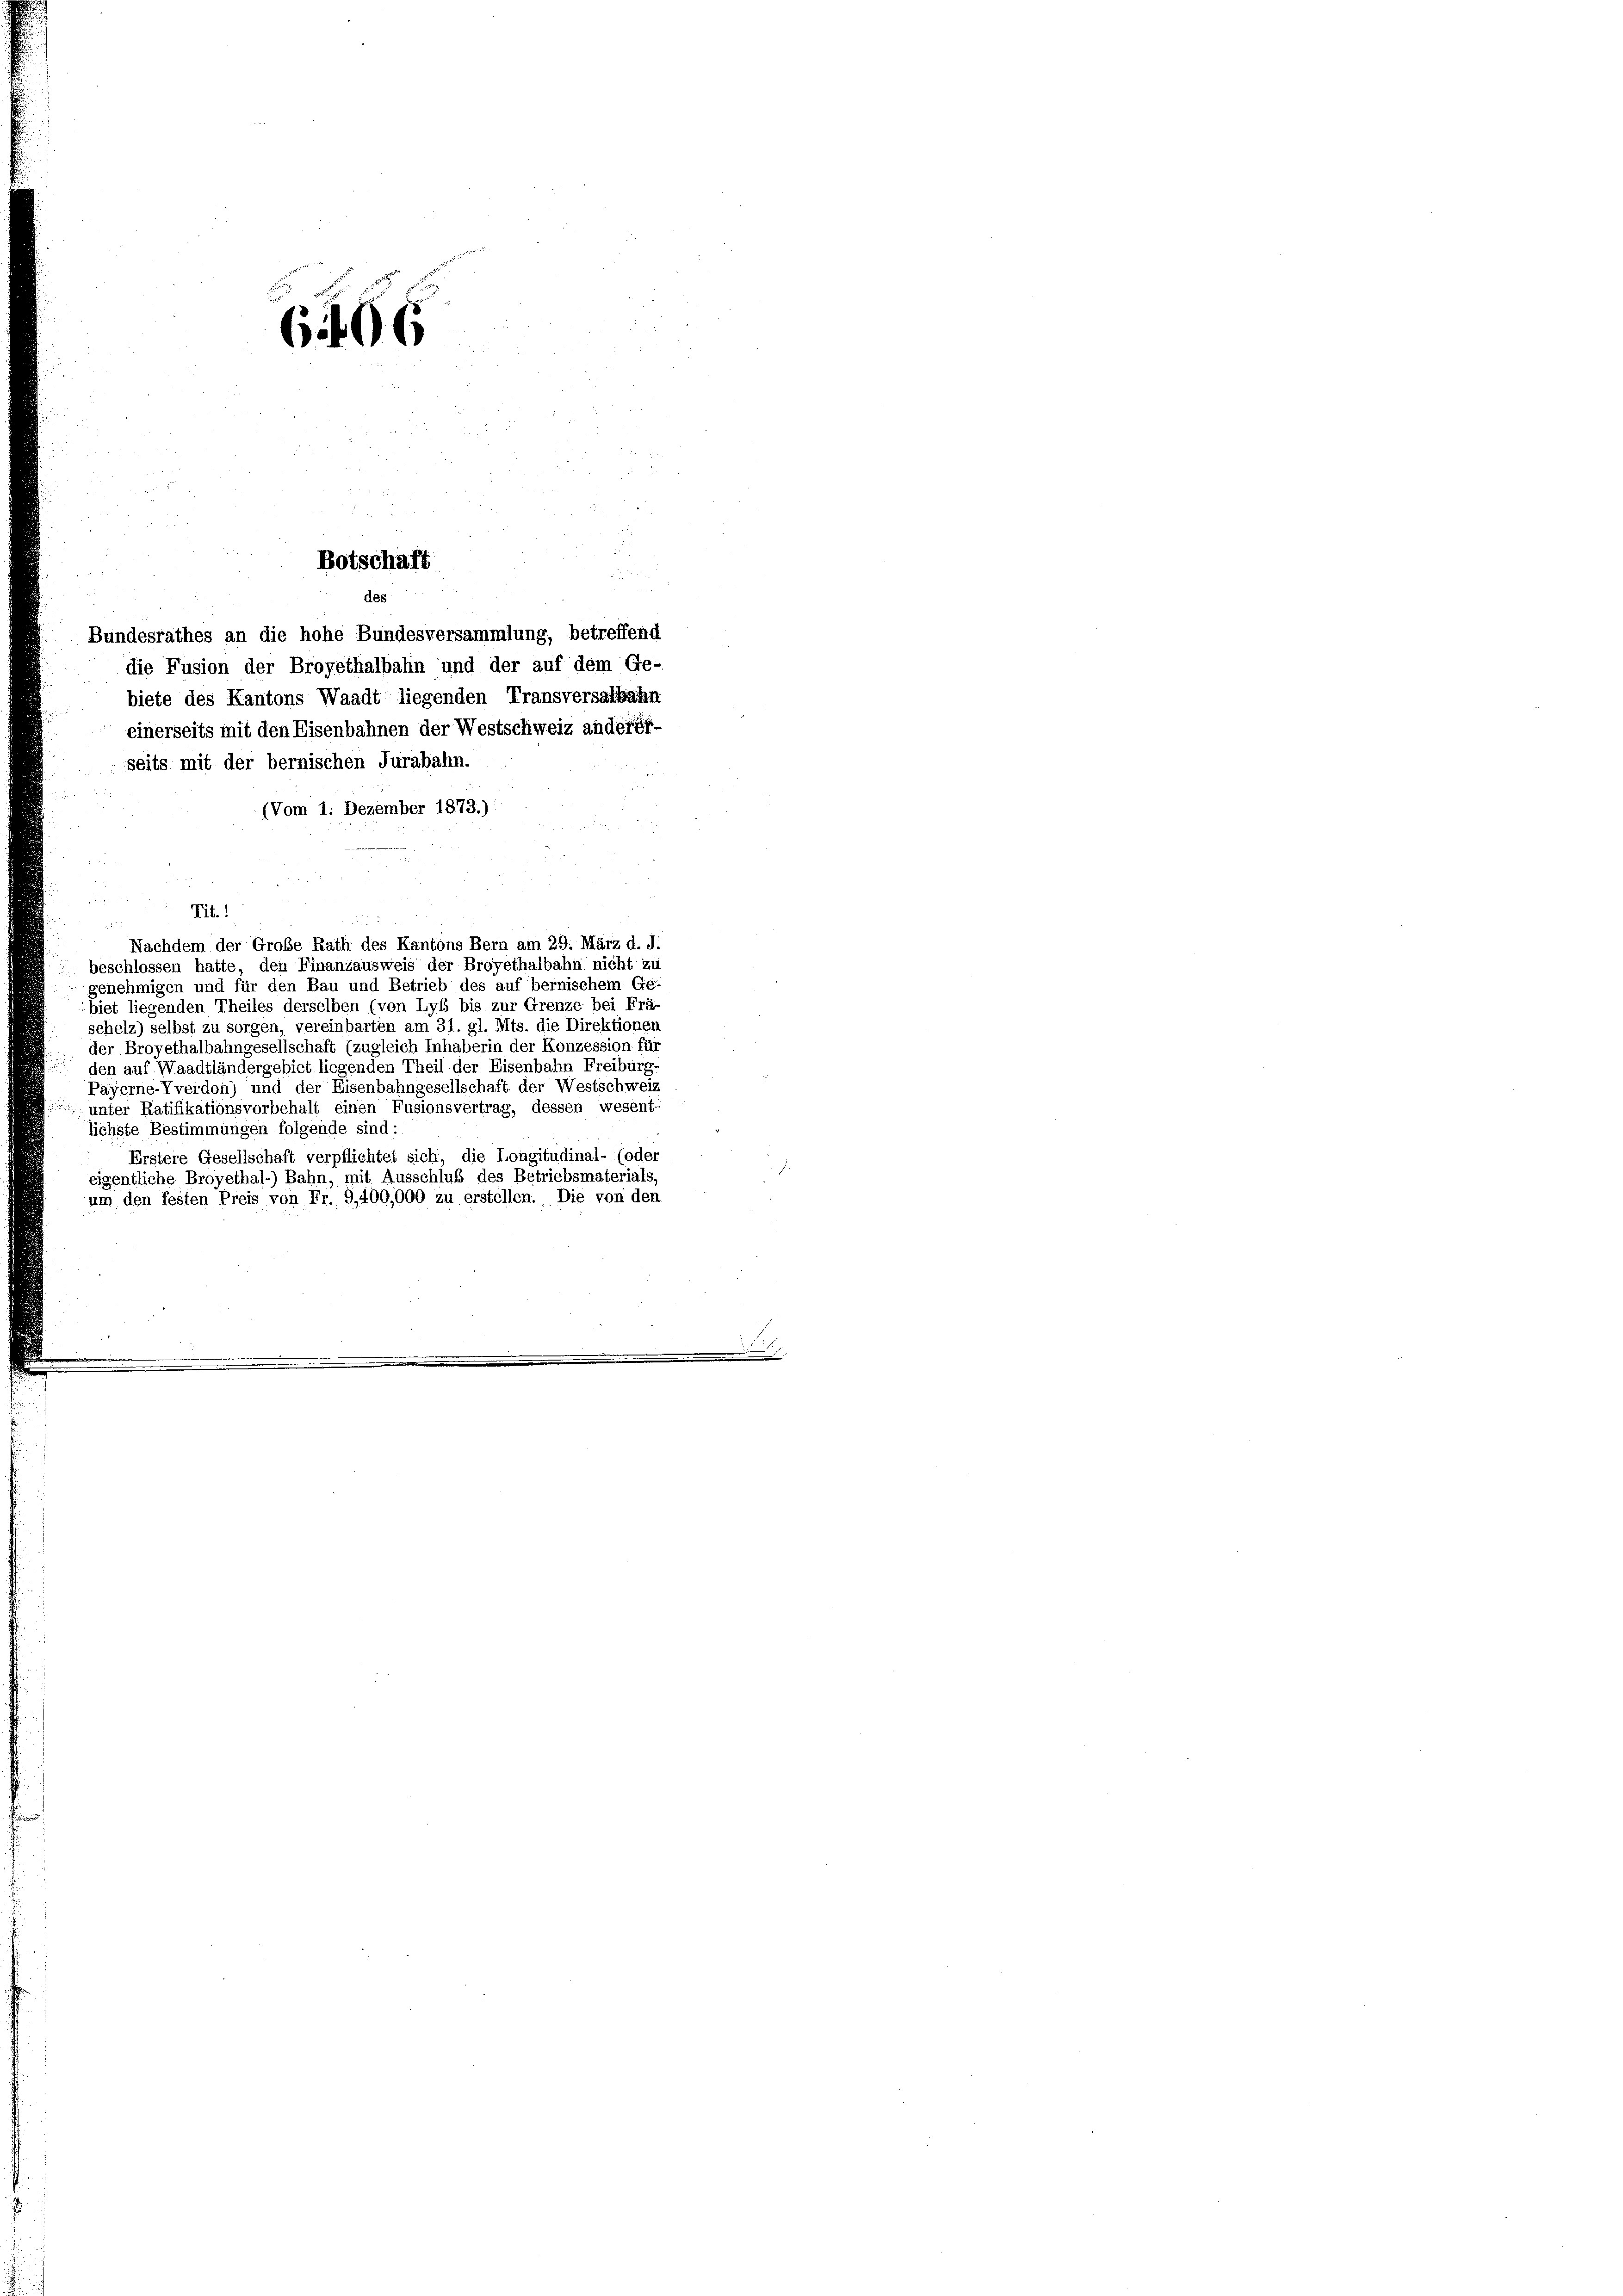
606

Botschaft
des

Bundesrathes an die hohe Bundesversammlung, betreffend
die Fusion der Broyethalbahn und der auf dem Ge-
biete des Kantons Waadt liegenden Transversalbahn
einerseits mit den Eisenbahnen der Westschweiz anderff-
seits mit der bernischen Jurabahn.
(Vom 1. Dezember 1873.)
Tit.
Nachdem der Große Rath des Kantons Bern am 29. März d. d.
beschlossen hatte, den Finanzausweis der Broyethalbahn nicht zu
genehmigen und für den Bau und Betrieb des auf bernischem Ge-
biet liegenden Theiles derselben (von Lyb bis zur Grenze bei Frä-
schelz) selbst zu sorgen, vereinbarten am 31. gl. Mts. die Direktionen
der Broyethalbahngesellschaft (zugleich Inhaberin der Konzession für
den auf Waadtländergebiet liegenden Theil der Eisenbahn Freiburg
Payerne-Vverdon) und der Eisenbahngesellschaft der Westschweiz
unter Ratifikationsvorbehalt einen Fusionsvertrag, dessen wesent-
lichste Bestimmungen folgende sind:
Erstere Gesellschaft verpflichtet sich, die Longitudinal- (oder
eigentliche Broyethal-) Bahn, mit Ausschluß des Betriebsmaterials,
um den festen Preis von Fr. 9,400,000 zu erstellen. Die von den